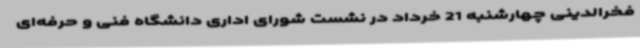
فخرالدینی چهارشنبه 21 خرداد در نشست شورای اداری دانشگاه فنی و حرفه‌ای